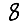
Digit: 8